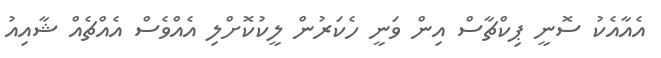
އެއާއެކު ސޮނީ ޕިކްޗާސް އިން ވަނީ ހެކަރުން ލީކުކޮށްލި އެއްވެސް އެއްޗެއް ޝާއިއު